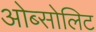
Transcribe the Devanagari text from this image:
ओब्सोलिट